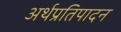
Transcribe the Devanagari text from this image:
अर्थप्रतिपादन